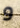
و